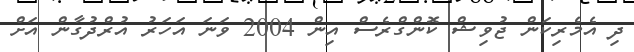
ދި އެމެރިކަން ޖުވިޝް ކޮންގްރެސް އިން 2004 ވަނަ އަހަރު އުރްދުގާން އަށް